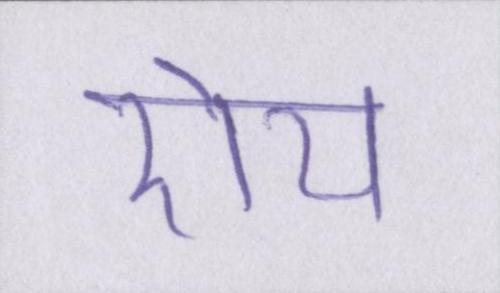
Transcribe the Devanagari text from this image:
रोय